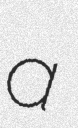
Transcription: a